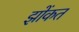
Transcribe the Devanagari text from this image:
झोंकत